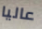
عاليا